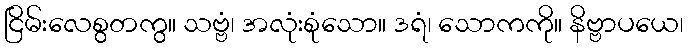
ငြိမ်းလေစွတကွ။ သဗ္ဗံ၊ အလုံးစုံသော။ ဒရံ၊ သောကကို။ နိဗ္ဗာပယေ၊